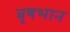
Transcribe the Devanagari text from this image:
बृषभान